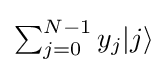
{\textstyle \sum _{j=0}^{N-1}y_{j}|j\rangle }